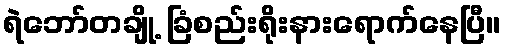
ရဲဘော်တချို့ ခြံစည်းရိုးနားရောက်နေပြီ။